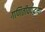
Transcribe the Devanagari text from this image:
गणितीयपद्धत्या